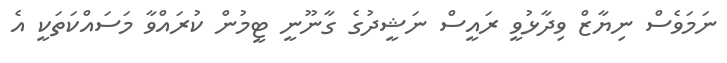
ނަމަވެސް ނިޔާޒް ވިދާޅުވީ ރައީސް ނަޝީދުގެ ގާނޫނީ ޓީމުން ކުރައްވާ މަސައްކަތަކީ އެ